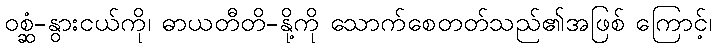
ဝစ္ဆံ-နွားငယ်ကို၊ ဓာယတီတိ-နို့ကို သောက်စေတတ်သည်၏အဖြစ် ကြောင့်၊